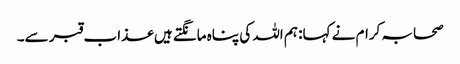
صحابہ کرام نے کہا: ہم اللہ کی پناہ مانگتے ہیں عذاب قبر سے۔